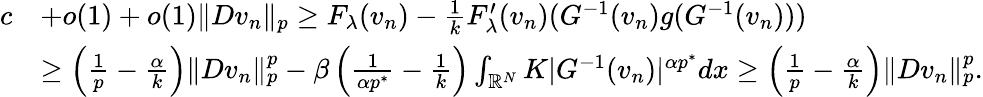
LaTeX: \begin{array}{rl}{c}&{+o(1)+o(1)\| Dv_{n}\| _{p}\ge F_{\lambda}(v_{n})-\frac{1}{k}F_{\lambda}^{\prime}(v_{n})(G^{-1}(v_{n})g(G^{-1}(v_{n})))}\\ &{\ge\left(\frac{1}{p}-\frac{\alpha}{k}\right)\| Dv_{n}\| _{p}^{p}-\beta\left(\frac{1}{\alpha p^{*}}-\frac{1}{k}\right)\int_{\mathbb R^{N}}K|G^{-1}(v_{n})|^{\alpha p^{*}}dx\ge\left(\frac{1}{p}-\frac{\alpha}{k}\right)\| Dv_{n}\| _{p}^{p}.}\end{array}